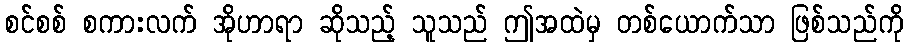
စင်စစ် စကားလက် အိုဟာရာ ဆိုသည့် သူသည် ဤအထဲမှ တစ်ယောက်သာ ဖြစ်သည်ကို